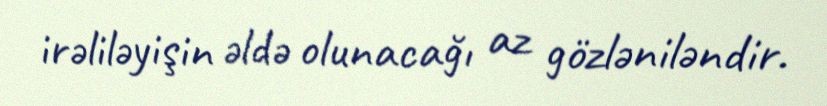
irəliləyişin əldə olunacağı az gözləniləndir.